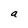
Character: a